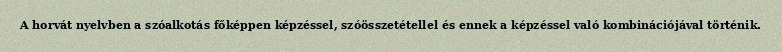
A horvát nyelvben a szóalkotás főképpen képzéssel, szóösszetétellel és ennek a képzéssel való kombinációjával történik.